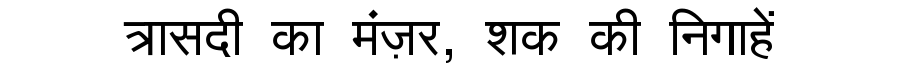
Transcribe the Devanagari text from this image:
त्रासदी का मंज़र, शक की निगाहें